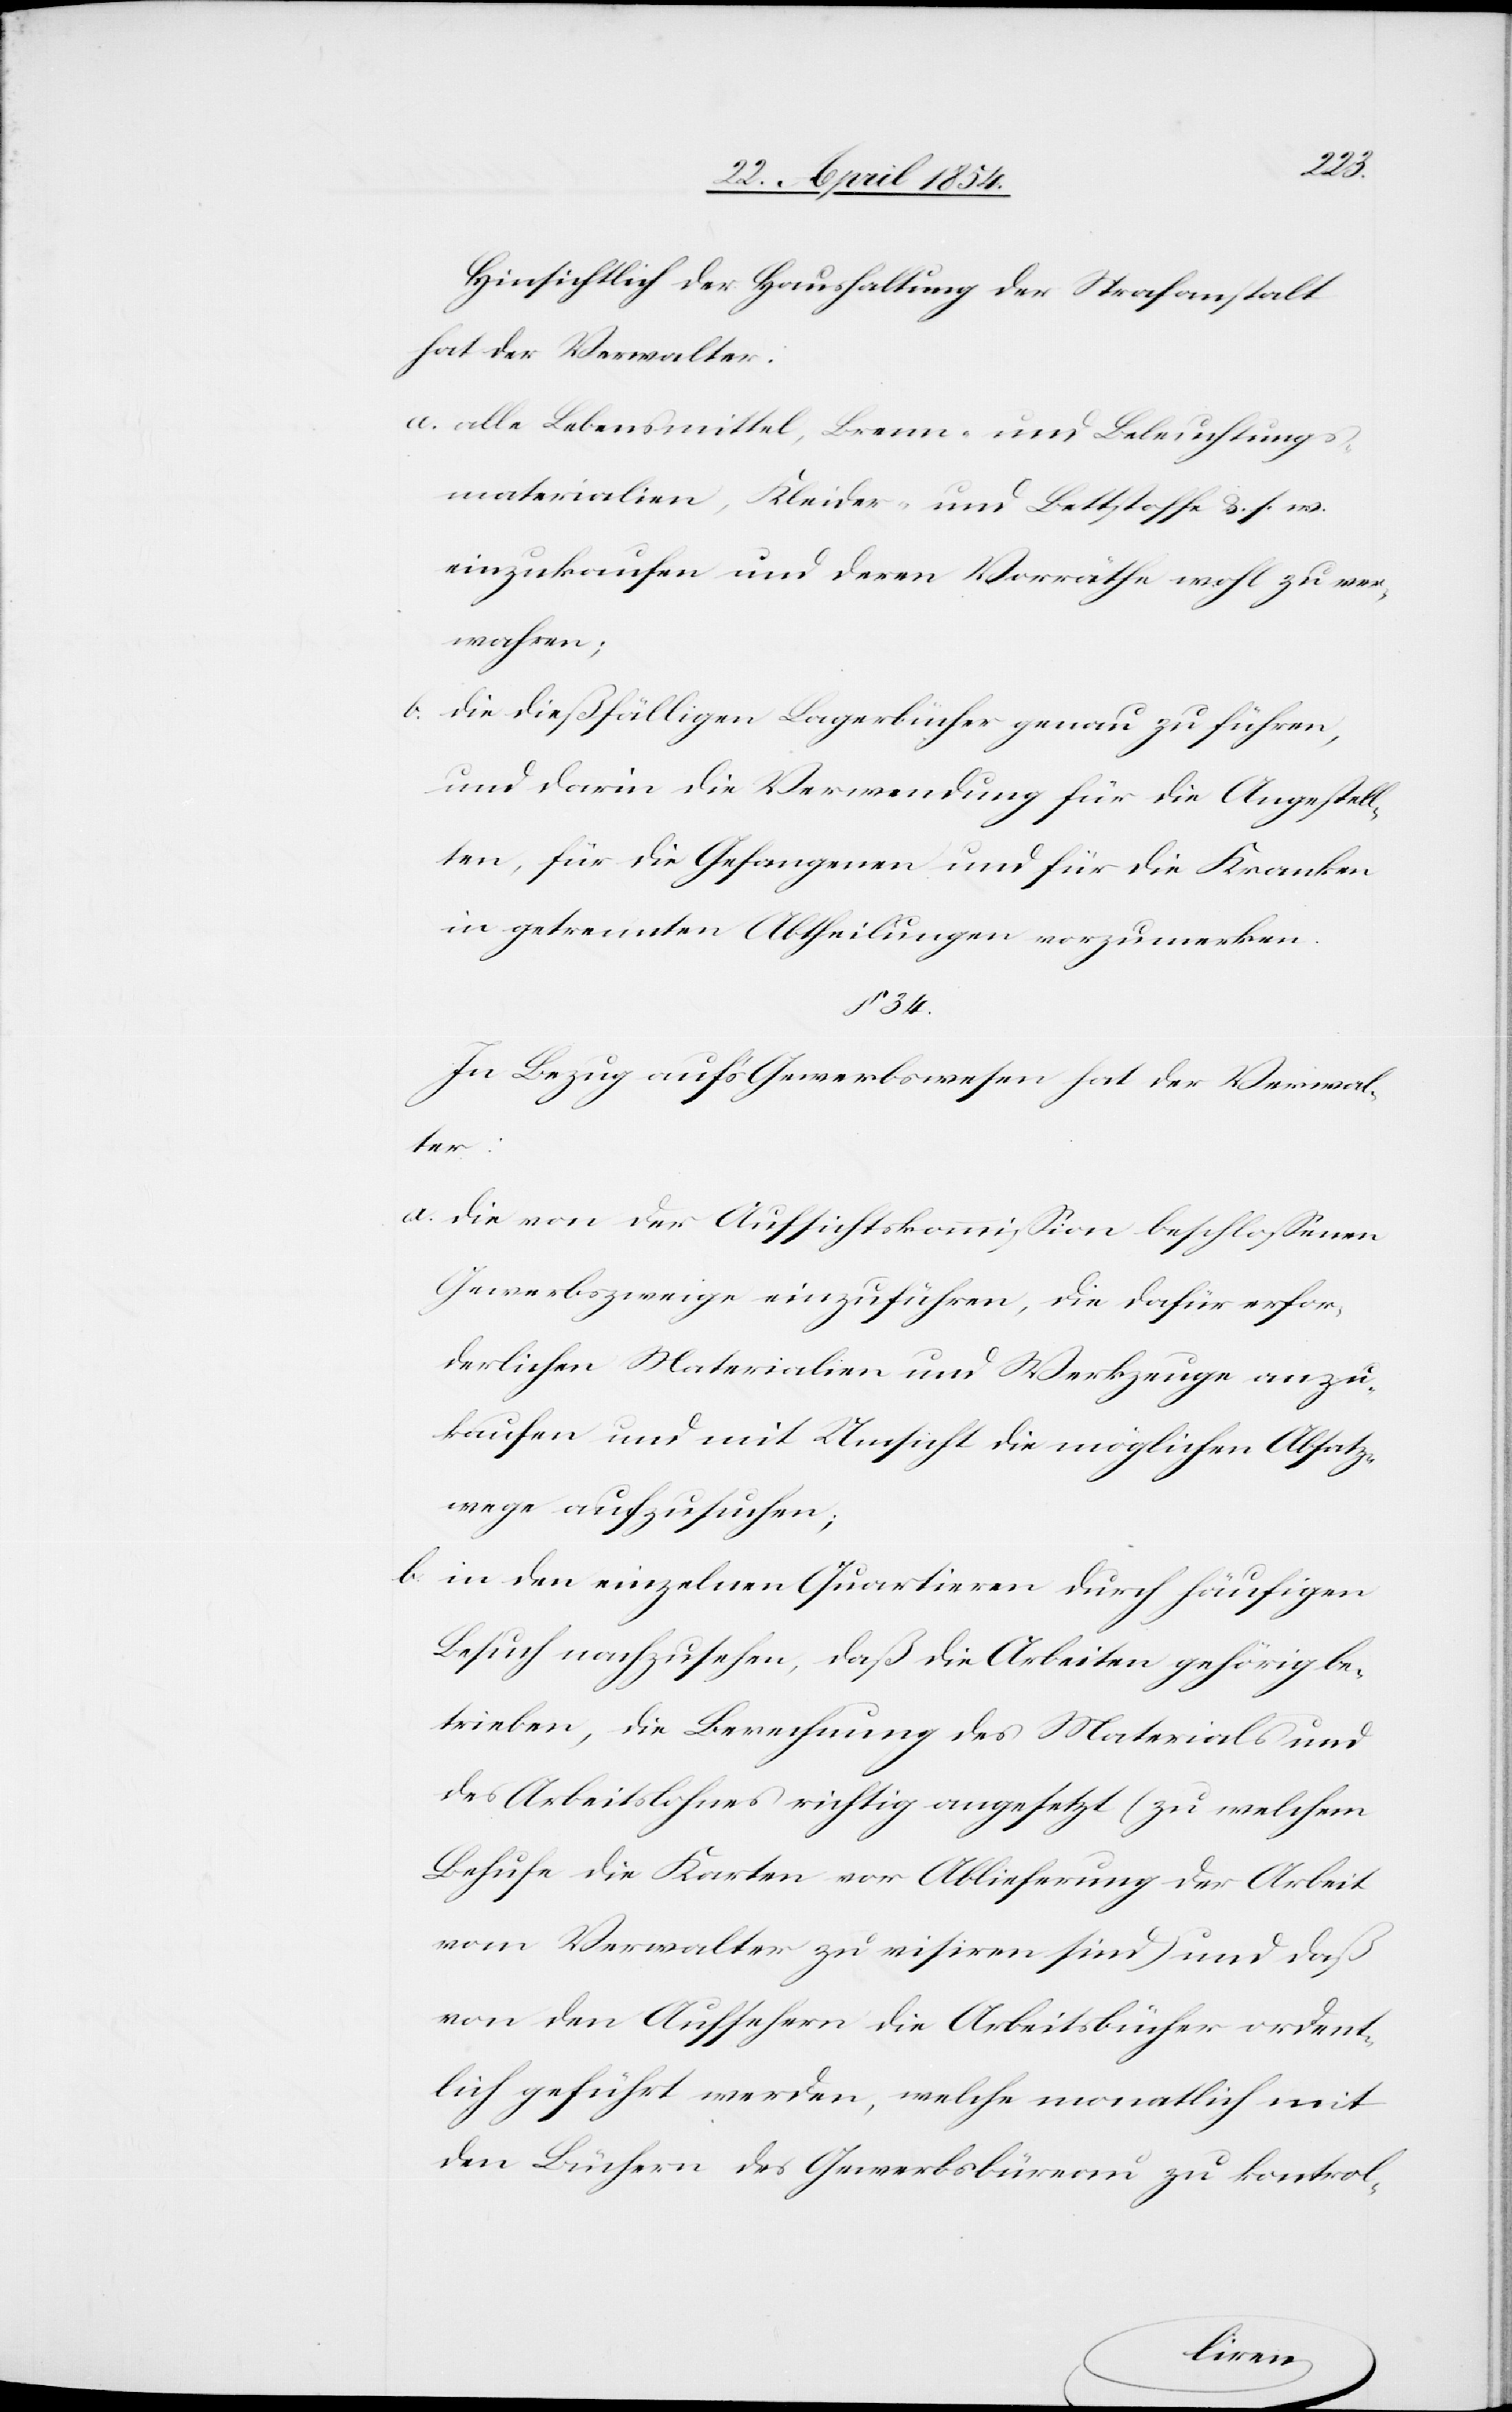
Hinsichtlich der Haushaltung der Strafanstalt
hat der Verwalter.
a. alle Lebensmittel, Brenn- und Beleuchtungs¬
materialien, Kleider- und Bettstoffe u. s. w.
einzukaufen und deren Vorräthe wohl zu ver¬
wahren;
b. die dießfälligen Lagerbücher genau zu führen,
und darin die Verwendung für die Angestell¬
ten, für die Gefangenen und für die Kranken
in getrennten Abtheilungen vorzumerken.
§ 34.
In Bezug auf’s Gewerbswesen hat der Verwal¬
ter:
a. die von der Aufsichtskommißion beschloßenen
Gewerbszweige einzuführen, die dafür erfor¬
derlichen Materialien und Werkezeuge anzu¬
kaufen und mit Umsicht die möglichen Absatz¬
wege aufzusuchen;
b. in den einzelnen Quartieren durch häufigen
Besuch nachzusehen, daß die Arbeiten gehörig be¬
trieben, die Berechnung des Materials und
des Arbeitslohnes richtig angesetzt (zu welchem
Behufe die Karten vor Ablieferung der Arbeit
vom Verwalter zu visiren sind) und daß
von den Aufsehern die Arbeitsbücher ordent¬
lich geführt werden, welche monatlich mit
den Büchern des Gewerbsbüreau zu kontrol-